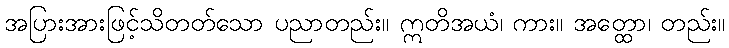
အပြားအားဖြင့်သိတတ်သော ပညာတည်း။ ဣတိအယံ၊ ကား။ အတ္ထော၊ တည်း။